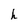
Character: h